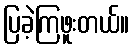
ပြခဲ့ကြဖူးတယ်။